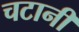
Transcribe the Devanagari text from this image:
चटानी